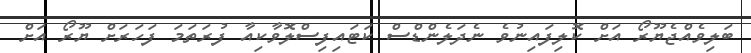
ބަލިވެއްޖެޔޫރޯ އަށް ކޮލިފައިނުވެ ނެދަލެންޑްސް ކަޓައިފިސްލޮވާކިއާ ފުރަތަމަ ފަހަރަށް ޔޫރޯ އަށް